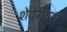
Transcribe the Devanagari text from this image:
शेवेरोयस